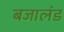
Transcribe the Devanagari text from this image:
बजालंड